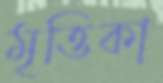
মৃত্তিকা